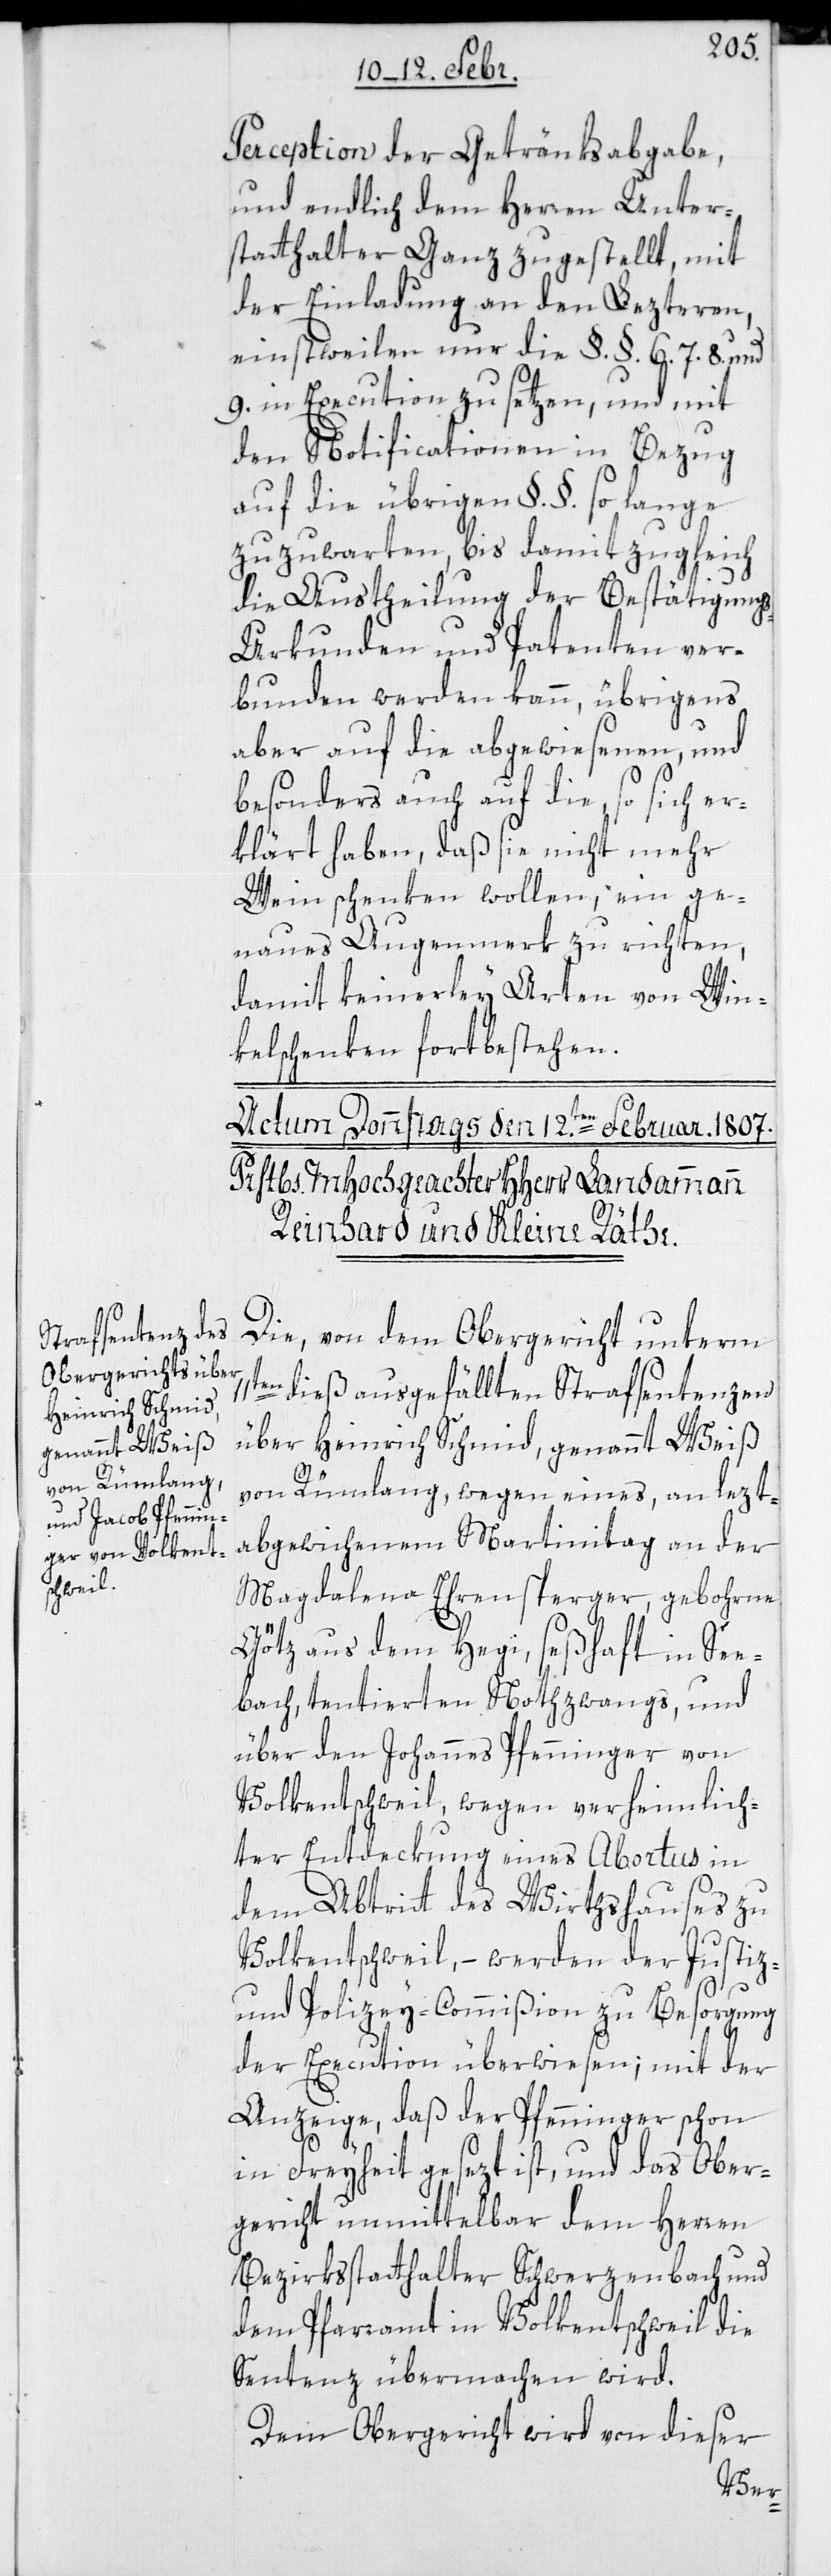
Perception der Getränksabgabe,
und endlich dem Herren Unter¬
statthalter Ganz zugestellt, mit
der Einladung an den lezteren,
einstweilen nur die §. §. 6. 7. 8. und
9. in Execution zu setzen, und mit
den Notificationen in Bezug
auf die übrigen §. §. so lange
zuzuwarten, bis damit zugleich
die Austheilung der Bestätigung¬
s-Urkunden und Patenten ver¬
bunden werden kann, übrigens
aber auf die abgewiesenen und
besonders auch auf die, so sich er¬
klärt haben, daß sie nicht mehr
Wein schenken wollen, ein ge¬
naues Augenmerk zu richten,
damit keinerlei Arten von Win¬
kelschenken fortbestehen.
Die von dem Obergericht unterm
dieß ausgefällten Strafsentenzen
über Heinrich Schmid, genannt Weiß,
von Rümlang, wegen eines an lezt¬
abgewichenem Martinitag an der
Magdalena Ehrensperger, geborne
Götz aus dem Hegi, seßhaft in See¬
bach, tentierten Nothzwangs; und
über den Johannes Pfenninger von
Volkentschweil, wegen verheimlich¬
ter Entdekung eines Abortus in
dem Abtritt des Wirthshauses zu
Volkentschweil, – werden der Justiz-
und Polizey-Commißion zu Besorgung
der Execution überwiesen; mit der
Anzeige, daß der Pfenninger schon
in Freyheit gesezt ist, und das Ober¬
gericht unmittelbar dem Herren
Bezirksstatthalter Schwerzenbach und
dem Pfarramt in Volkentschweil die
Sentenz übermachen wird.
Dem Obergericht wird von dieser